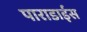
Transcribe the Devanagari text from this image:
पाराडाईस